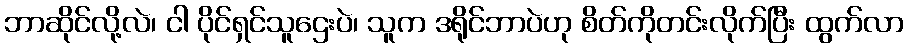
ဘာဆိုင်လို့လဲ၊ ငါ ပိုင်ရှင်သူဌေးပဲ၊ သူက ဒရိုင်ဘာပဲဟု စိတ်ကိုတင်းလိုက်ပြီး ထွက်လာ